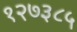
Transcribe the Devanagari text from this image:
१२७३८५